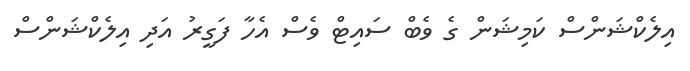
އިލެކްޝަންސް ކަމިޝަން ގެ ވެބް ސައިޓް ވެސް އެހާ ފަގީރު އަދި އިލެކްޝަންސް